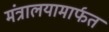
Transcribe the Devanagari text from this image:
मंत्रालयामार्फत